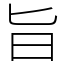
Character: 旨